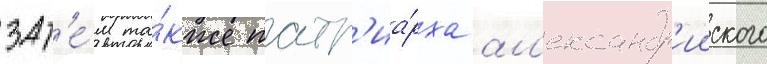
зат'е́м та́кже патр'иа́рха ал'ександр'ииского